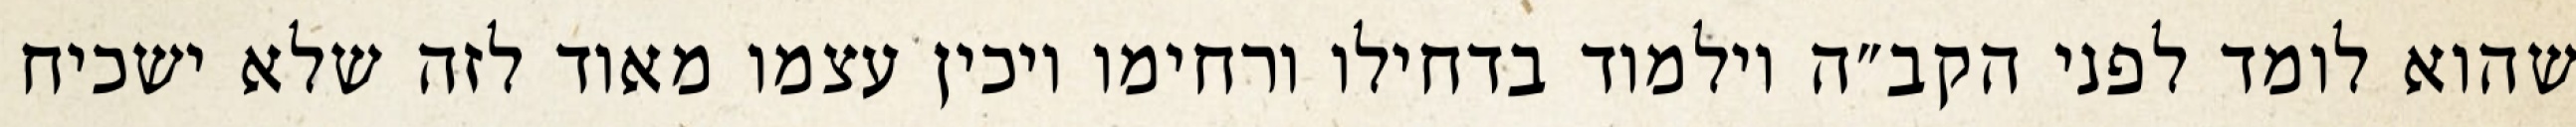
שהוא לומד לפני הקב״ה וילמוד בדחילו ורחימו ויכין עצמו מאוד לזה שלא ישכיח